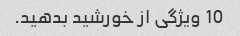
10 ویژگی از خورشید بدهید.